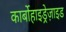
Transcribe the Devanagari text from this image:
कार्बोहाइड्रेज़ाइड